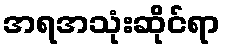
အရအသုံးဆိုင်ရာ